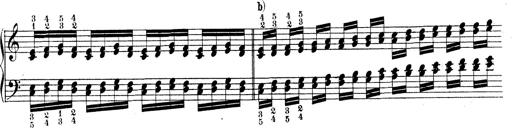
Title: Technische Studien
Composer: Franz Liszt